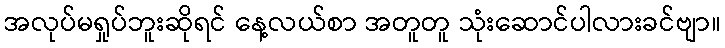
အလုပ်မရှုပ်ဘူးဆိုရင် နေ့လယ်စာ အတူတူ သုံးဆောင်ပါလားခင်ဗျာ။